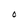
Character: O